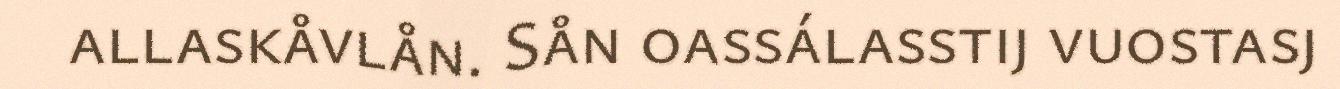
allaskåvlån. Sån oassálasstij vuostasj